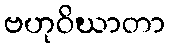
ဗဟုဝိဃာတာ